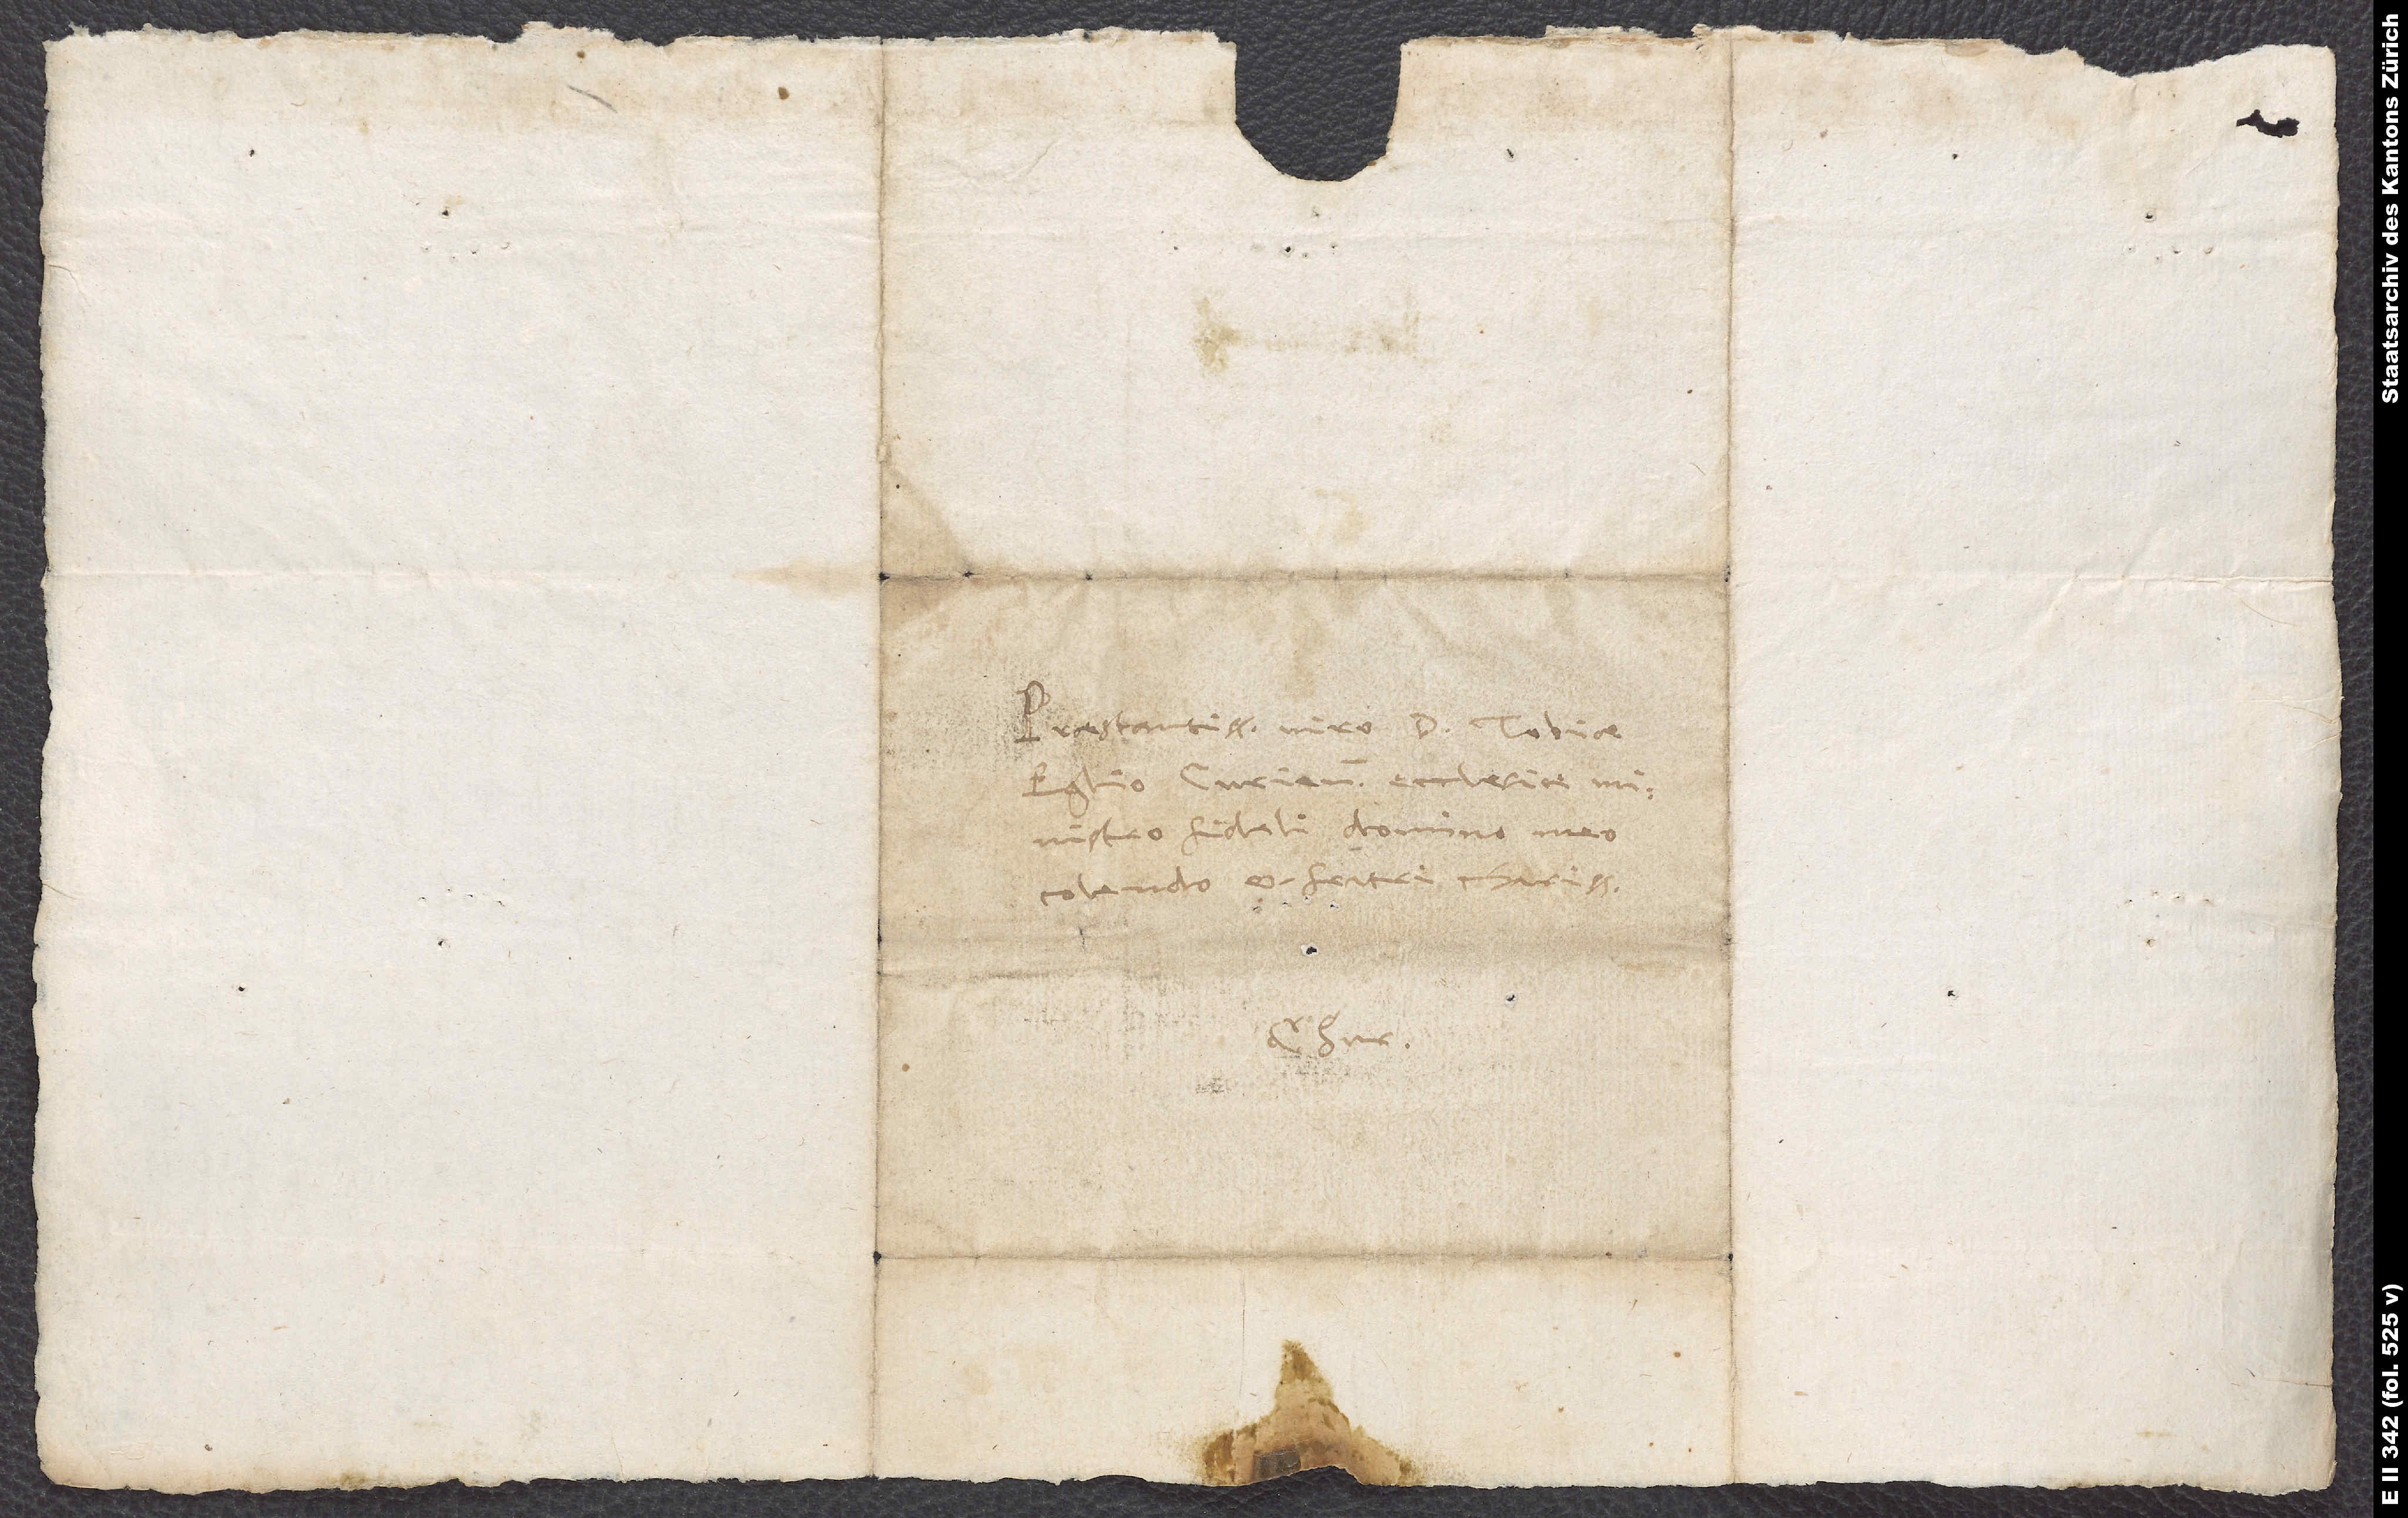
Praestantissimo viro d. Tobiae
Eglio, Curiensis ecclesiae
ministro fideli, domino meo